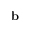
\mathbf { b }